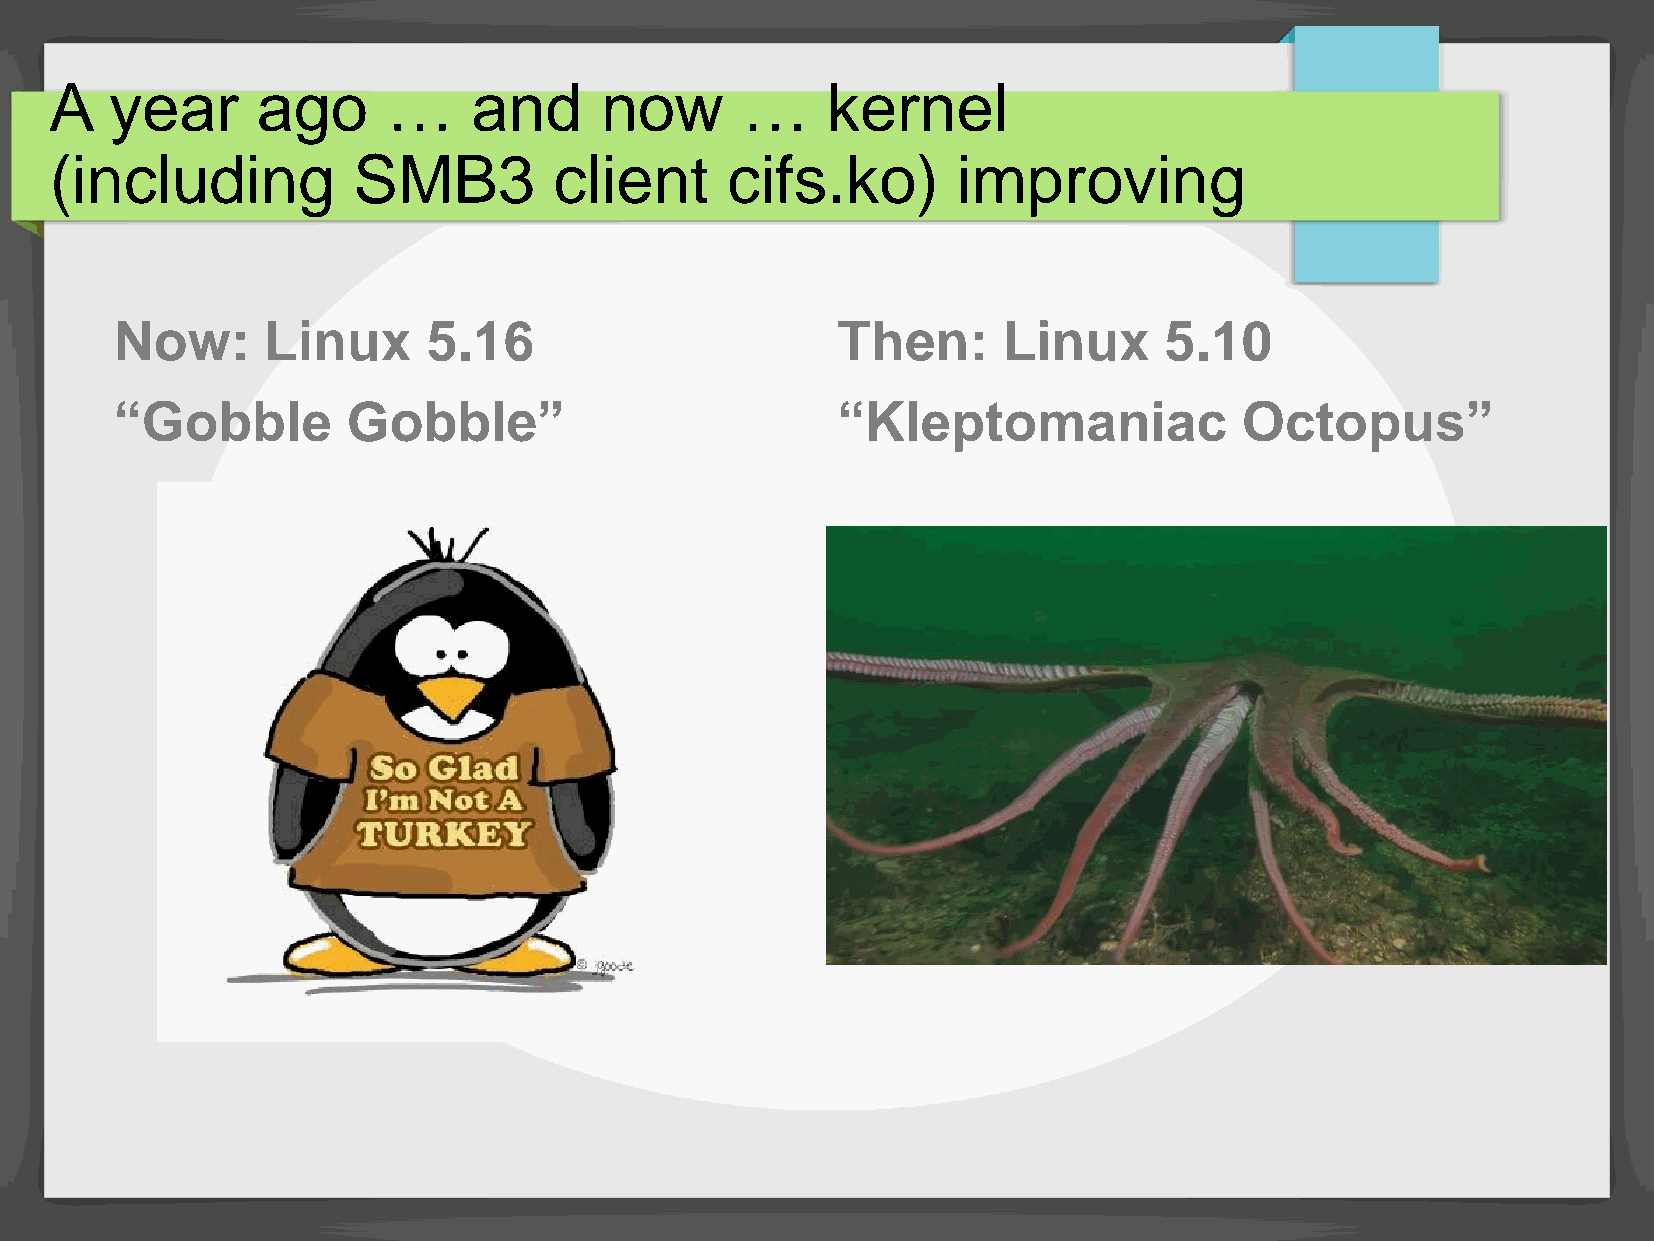
A   year      ago      …    and      now      …     kernel
 (including          SMB3          client     cifs.ko)       improving
 Now:     Linux      5.16                       Then:      Linux      5.10
 “Gobble        Gobble”                         “Kleptomaniac              Octopus”